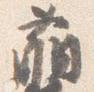
萌